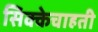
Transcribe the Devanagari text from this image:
सिक्केचाहती